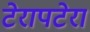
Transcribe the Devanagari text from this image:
टेरापटेरा